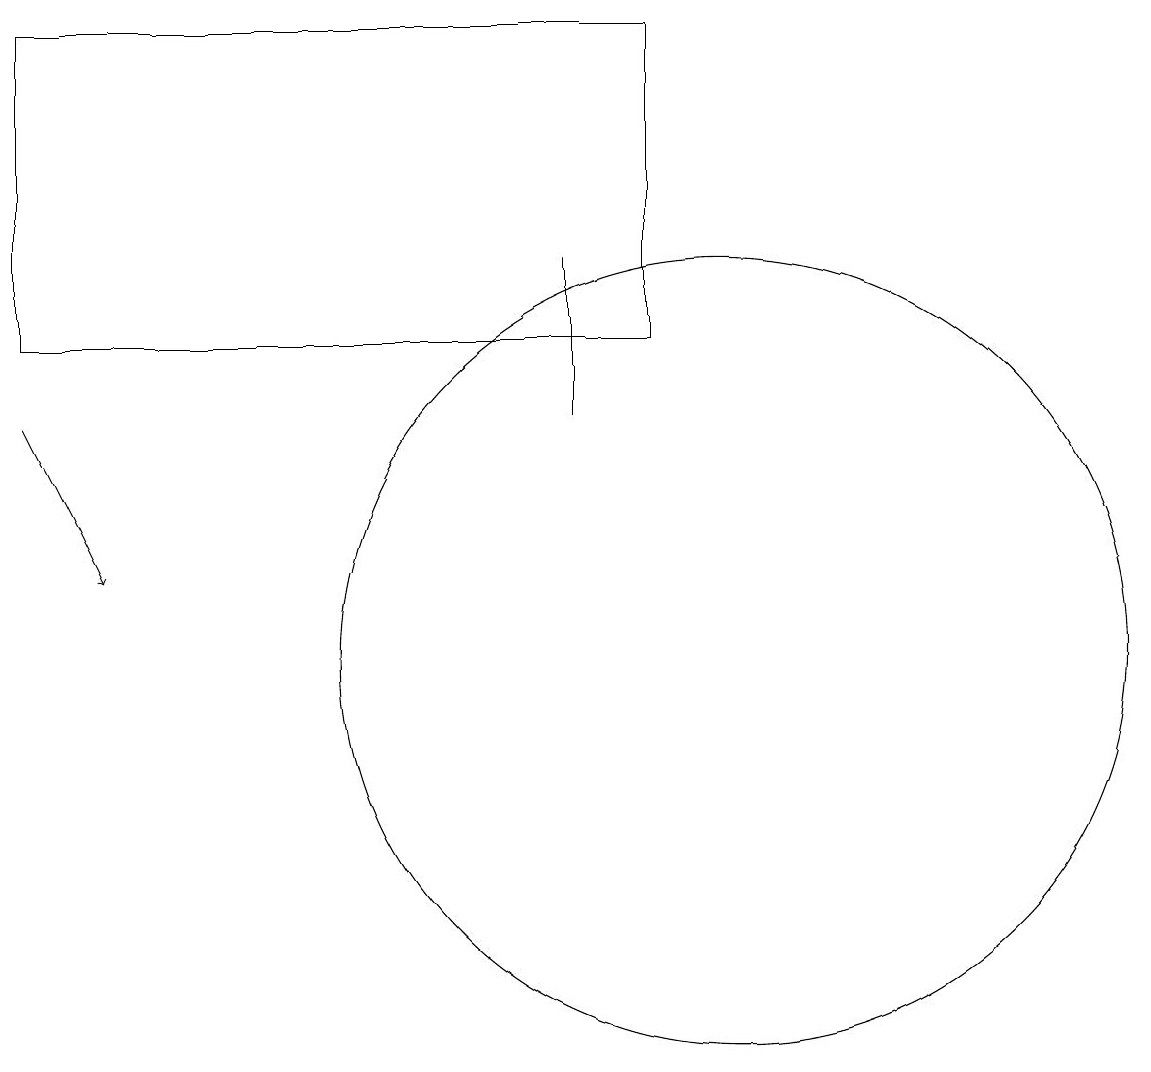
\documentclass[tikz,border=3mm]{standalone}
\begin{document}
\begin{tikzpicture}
\draw (10,11) circle (5);
\draw (1,15) rectangle (9,19);
\draw (8,14) rectangle (8,16);
\draw[->] (1,14) -- (2,12);
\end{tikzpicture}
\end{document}